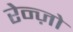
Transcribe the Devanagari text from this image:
रेन्ज़ो